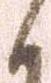
候